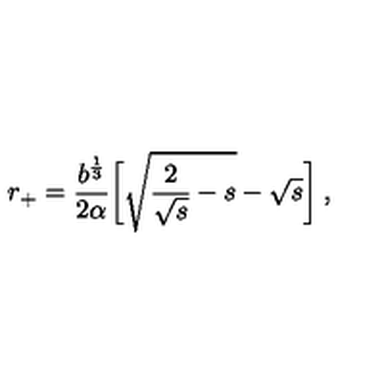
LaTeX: r _ { + } = \frac { b ^ { \frac 1 3 } } { 2 \alpha } { \biggl [ } \sqrt { \frac { 2 } { \sqrt { s } } - s } - \sqrt { s } { \biggr ] } \: ,